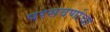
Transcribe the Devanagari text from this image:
परसवर्णाचा